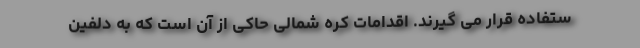
ستفاده قرار می گیرند. اقدامات کره شمالی حاکی از آن است که به دلفین